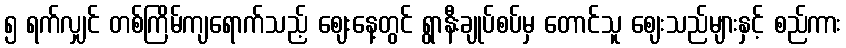
၅ ရက်လျှင် တစ်ကြိမ်ကျရောက်သည့် ဈေးနေ့တွင် ရွာနီးချုပ်စပ်မှ တောင်သူ ဈေးသည်များနှင့် စည်ကား